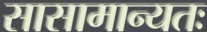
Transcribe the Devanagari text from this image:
सासामान्यतः